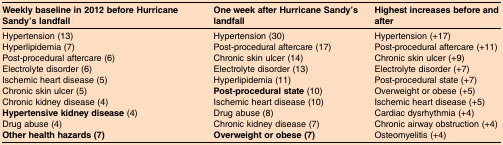
<table><thead><tr><td><b>Weekly baseline in 2012 before Hurricane Sandy&#x27;s landfall</b></td><td><b>One week after Hurricane Sandy&#x27;s landfall</b></td><td><b>Highest increases before and after</b></td></tr></thead><tbody><tr><td>Hypertension (13)</td><td>Hypertension (30)</td><td>Hypertension (+17)</td></tr><tr><td>Hyperlipidemia (7)</td><td>Post-procedural aftercare (17)</td><td>Post-procedural aftercare (+11)</td></tr><tr><td>Post-procedural aftercare (6)</td><td>Chronic skin ulcer (14)</td><td>Chronic skin ulcer (+9)</td></tr><tr><td>Electrolyte disorder (6)</td><td>Electrolyte disorder (13)</td><td>Electrolyte disorder (+7)</td></tr><tr><td>Ischemic heart disease (5)</td><td>Hyperlipidemia (11)</td><td>Post-procedural state (+7)</td></tr><tr><td>Chronic skin ulcer (5)</td><td><b>Post-procedural state</b> (10)</td><td>Overweight or obese (+5)</td></tr><tr><td>Chronic kidney disease (4)</td><td>Ischemic heart disease (10)</td><td>Ischemic heart disease (+5)</td></tr><tr><td><b>Hypertensive kidney disease</b> (4)</td><td>Drug abuse (8)</td><td>Cardiac dysrhythmia (+4)</td></tr><tr><td>Drug abuse (4)</td><td>Chronic kidney disease (7)</td><td>Chronic airway obstruction (+4)</td></tr><tr><td><b>Other health hazards (7)</b></td><td><b>Overweight or obese (7)</b></td><td>Osteomyelitis (+4)</td></tr></tbody></table>